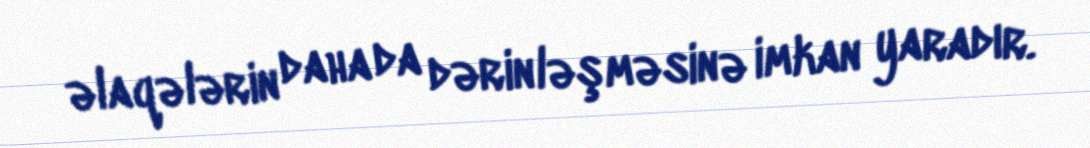
əlaqələrin daha da dərinləşməsinə imkan yaradır.